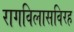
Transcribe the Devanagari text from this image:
रागविलासविरह